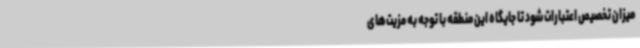
میزان تخصیص اعتبارات شود تا جایگاه این منطقه با توجه به مزیت‌های